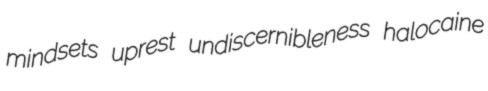
mindsets uprest undiscernibleness halocaine